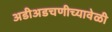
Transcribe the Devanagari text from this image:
अडीअडचणीच्यावेळी